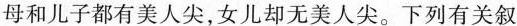
母和儿子都有美人尖，女儿却无美人尖。下列有关叙